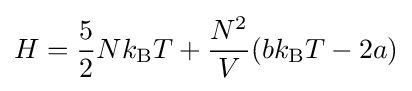
H={\frac {5}{2}}Nk_{\mathrm {B} }T+{\frac {N^{2}}{V}}(bk_{\mathrm {B} }T-2a)